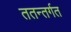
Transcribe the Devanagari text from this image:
ततन्तर्गत